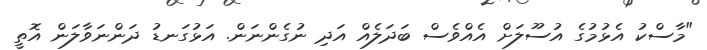
"މާސްކު އެޅުމުގެ އުސޫލަށް އެއްވެސް ބަދަލެއް އަދި ނުގެންނަން. އަޅުގަނޑު ދަންނަވާލަން އޮތީ